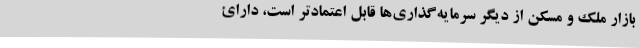
بازار ملک و مسکن از دیگر سرمایه‌گذاری‌ها قابل اعتمادتر است، دارائ